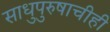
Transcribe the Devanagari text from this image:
साधुपुरुषाचीही